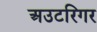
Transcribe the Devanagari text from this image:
अउटरिगर